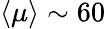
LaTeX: \langle\mu\rangle\sim 60